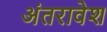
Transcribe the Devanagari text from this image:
अंतरावेश